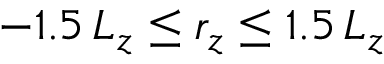
- 1 . 5 \, L _ { z } \leq r _ { z } \leq 1 . 5 \, L _ { z }